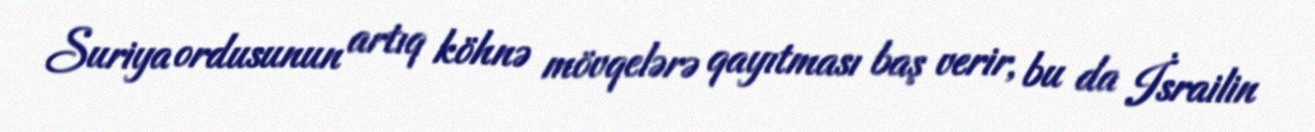
Suriya ordusunun artıq köhnə mövqelərə qayıtması baş verir, bu da İsrailin